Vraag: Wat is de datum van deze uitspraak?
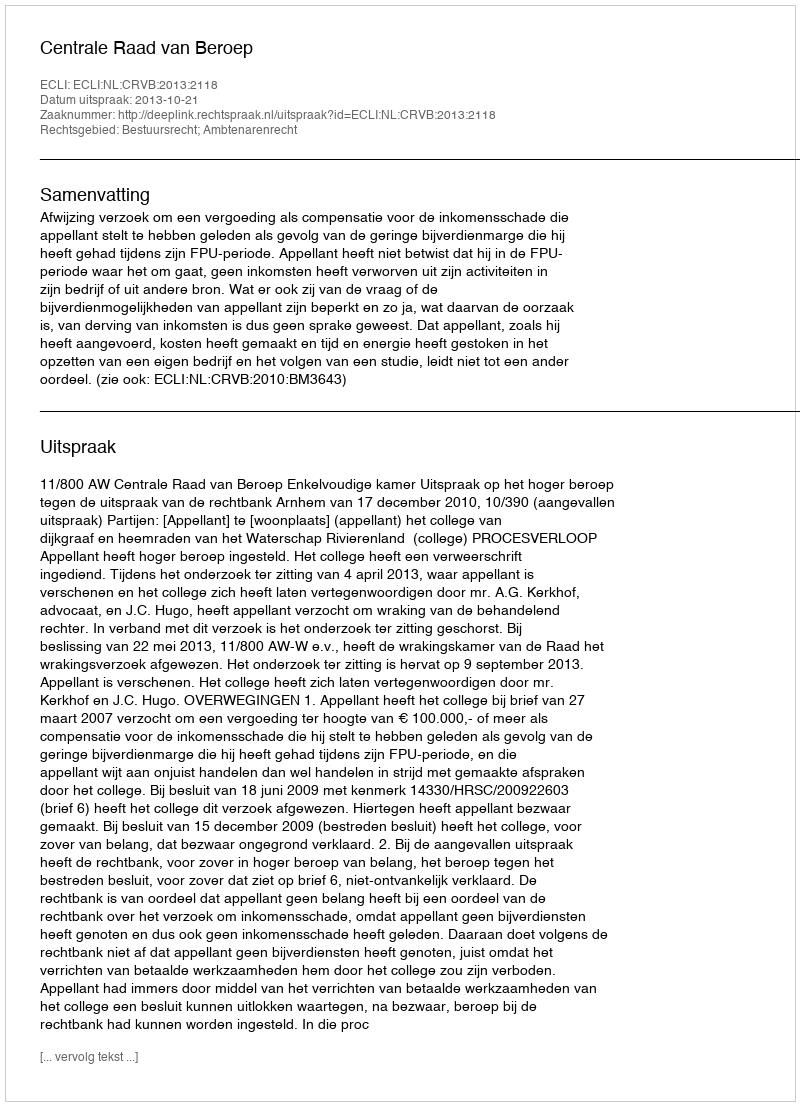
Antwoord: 2013-10-21